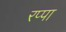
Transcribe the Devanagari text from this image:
रप्पा